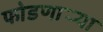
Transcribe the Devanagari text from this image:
फोडणार्‍या